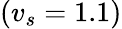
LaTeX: (v_{s}=1.1)